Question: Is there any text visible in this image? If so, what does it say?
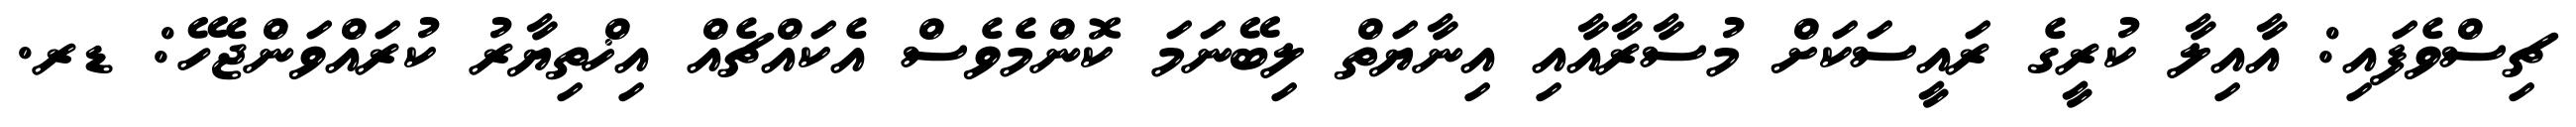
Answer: ޗިސްވެފައި: އާއިލާ ކުރީގެ ރައީސަކަށް މުސާރާއާއި އިނާޔަތް ލިބޭނަމަ ކޮންމެވެސް އެކައްޗެއް އިޚްތިޔާރު ކުރައްވަންޖެހޭ: ޑރ.